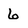
Character: 6